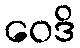
ဝေဒိ